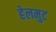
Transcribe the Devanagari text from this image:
हेलमुट